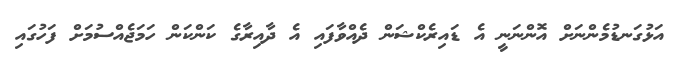
އަޅުގަނޑުމެންނަށް އޮންނަނީ އެ ޑައިރެކްޝަން ދެއްވާފައި އެ ދާއިރާގެ ކަންކަން ހަމަޖެއްސުމަށް ފަހުގައި